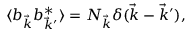
\langle b _ { \vec { k } } b _ { \vec { k } ^ { \prime } } ^ { * } \rangle = N _ { \vec { k } } \delta ( \vec { k } - \vec { k } ^ { \prime } ) ,